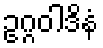
ဥဂ္ဂဝါဒိနံ